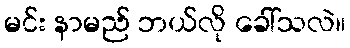
မင်း နာမည် ဘယ်လို ခေါ်သလဲ။